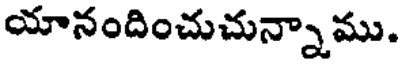
యానందించుచున్నాము.